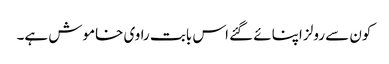
کون سے رولز اپنائے گئے اس بابت راوی خاموش ہے۔